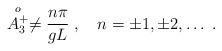
LaTeX: \begin{align*}\stackrel{o}{A^+_3} \neq {n \pi \over gL}\;, \quad n= \pm1, \pm2, \ldots \;.\end{align*}